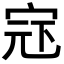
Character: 𪧍